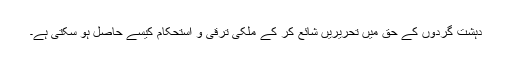
دہشت گردوں کے حق میں تحریریں شائع کر کے ملکی ترقی و استحکام کیسے حاصل ہو سکتی ہے۔